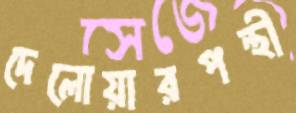
দেলোয়ারপন্থী